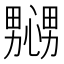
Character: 𢣲